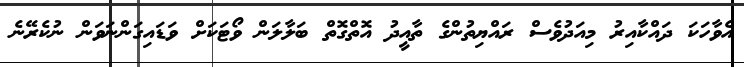
އެވާހަކަ ދައްކާއިރު މިއަދުވެސް ރައްޔިތުންގެ ތާއީދު އޮތްގޮތް ބަލާލަން ވޯޓަކަށް ވަޑައިގަންނަވަން ނުކެރޭނެ